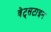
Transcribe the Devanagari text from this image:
वेट्सटाइन